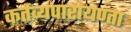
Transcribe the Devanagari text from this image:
कर्तव्यपारायण्ता